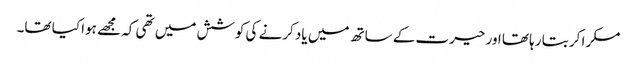
مسکرا کر بتا رہا تھا اور حیرت کے ساتھ میں یاد کرنے کی کوشش میں تھی کہ مجھے ہوا کیا تھا۔